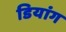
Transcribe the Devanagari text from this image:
डियांग